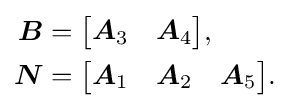
{\begin{aligned}{\boldsymbol {B}}&={\begin{bmatrix}{\boldsymbol {A}}_{3}&{\boldsymbol {A}}_{4}\end{bmatrix}},\\{\boldsymbol {N}}&={\begin{bmatrix}{\boldsymbol {A}}_{1}&{\boldsymbol {A}}_{2}&{\boldsymbol {A}}_{5}\end{bmatrix}}.\end{aligned}}